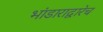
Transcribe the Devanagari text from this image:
भांडाराद्वारेच